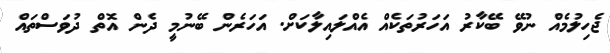
ޖެހިލުމެއް ނުވޭ ބޭކާރު އަހަރުތަކެއް އެއްލައިލާކަށް. އަހަރެން ބޭނުމީ ދެން އޮތް ދުވަސްތައް